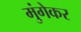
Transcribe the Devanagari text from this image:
मुंगेकर